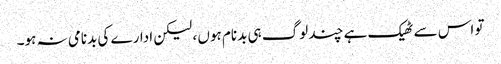
تو اس سے ٹھیک ہے چند لوگ ہی بدنام ہوں ، لیکن ادارے کی بدنامی نہ ہو۔